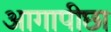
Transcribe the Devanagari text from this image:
आगापीछा